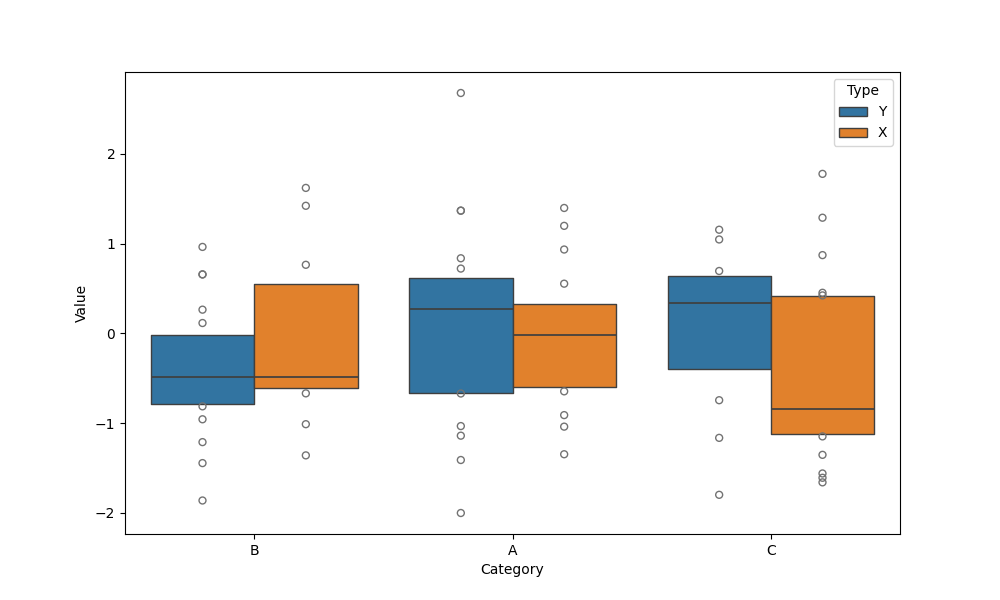
python, seaborn, boxenplot, k_depth='tukey', linewidth=1, scale='exponential', outlier_prop=0.2, showfliers=True